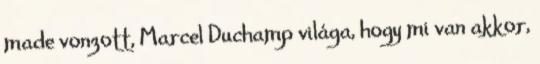
made vonzott, Marcel Duchamp világa, hogy mi van akkor,